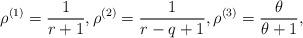
LaTeX: \begin{align*}\rho^{(1)}=\frac{1}{r+1},\rho^{(2)}=\frac{1}{r-q+1},\rho^{(3)}=\frac{\theta}{\theta+1}, \end{align*}